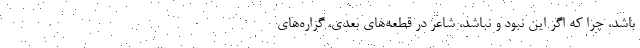
باشد، چرا که اگر این نبود و نباشد، شاعر در قطعه‌های بعدی، گزاره‌های